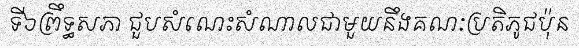
ទី៦ព្រឹទ្ធសភា ជួបសំណេះសំណាលជាមួយនឹងគណៈប្រតិភូជប៉ុន